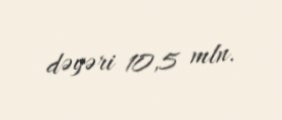
dəyəri 10,5 mln.